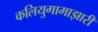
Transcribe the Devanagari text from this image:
कलियुगामाझारी